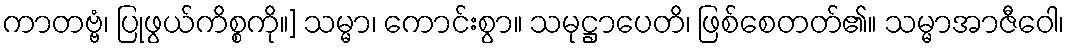
ကာတဗ္ဗံ၊ ပြုဖွယ်ကိစ္စကို။] သမ္မာ၊ ကောင်းစွာ။ သမုဋ္ဌာပေတိ၊ ဖြစ်စေတတ်၏။ သမ္မာအာဇီဝေါ၊